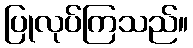
ပြုလုပ်ကြသည်။